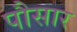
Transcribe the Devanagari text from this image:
पौसार